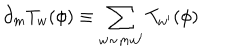
LaTeX: \partial _ { m } T _ { w } ( \phi ) \equiv \sum _ { w \sim m w ^ { \prime } } T _ { w ^ { \prime } } ( \phi )